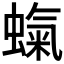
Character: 𧎵